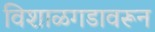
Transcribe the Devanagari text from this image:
विशाळगडावरून